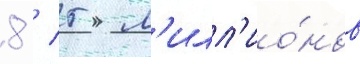
8 / 5 м'илл'ио́нов